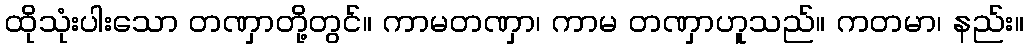
ထိုသုံးပါးသော တဏှာတို့တွင်။ ကာမတဏှာ၊ ကာမ တဏှာဟူသည်။ ကတမာ၊ နည်း။